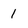
Character: 1